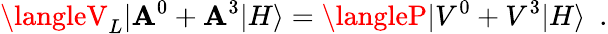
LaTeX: \langleV_{L}|\mathbf{A}^{0}+\mathbf{A}^{3}|H\rangle=\langleP|V^{0}+V^{3}|H\rangle\, \, \, .